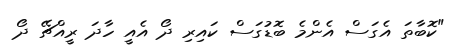
"ކޮބާތަ އެގަސް އެންމެ ބޮޑުގަސް ކައިރި ދޯ އެއީ ހާދަ ރީއްޗޭ ދޯ